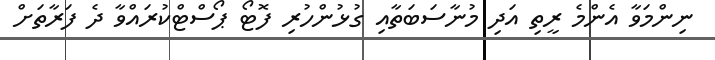
ނިންމަވާ އެންމެ ރީތި އަދި މުނާސަބަތާއި ގުޅުންހުރި ފޮޓޯ ޕޯސްޓްކުރައްވާ ދެ ފަރާތަށް